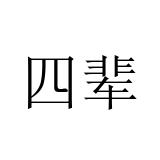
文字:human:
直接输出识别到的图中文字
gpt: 四辈